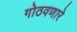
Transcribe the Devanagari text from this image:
गोठवणारे